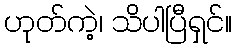
ဟုတ်ကဲ့၊ သိပါပြီရှင်။